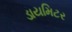
ડાયમિટર